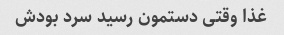
غذا وقتی دستمون رسید سرد بودش